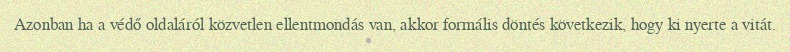
Azonban ha a védő oldaláról közvetlen ellentmondás van, akkor formális döntés következik, hogy ki nyerte a vitát.